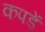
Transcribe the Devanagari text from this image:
कपडें